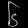
Digit: ၆